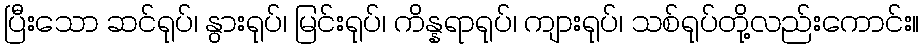
ပြီးသော ဆင်ရုပ်၊ နွားရုပ်၊ မြင်းရုပ်၊ ကိန္နရာရုပ်၊ ကျားရုပ်၊ သစ်ရုပ်တို့လည်းကောင်း။